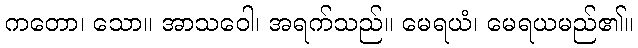
ကတော၊ သော။ အာသဝေါ၊ အရက်သည်။ မေရယံ၊ မေရယမည်၏။